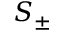
S _ { \pm }